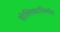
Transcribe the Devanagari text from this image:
होलिकानिर्णय